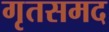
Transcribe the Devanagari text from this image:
गृतसमद